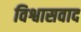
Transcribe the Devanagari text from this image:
विश्वासवाद